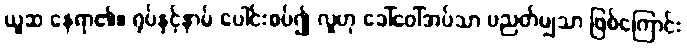
ယူဆ နေရာ၏။ ရုပ်နှင့်နာမ် ပေါင်းစပ်၍ လူဟု ခေါ်ဝေါ်အပ်သာ ပညတ်မျှသာ ဖြစ်ကြောင်း